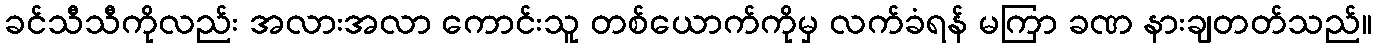
ခင်သီသီကိုလည်း အလားအလာ ကောင်းသူ တစ်ယောက်ကိုမှ လက်ခံရန် မကြာ ခဏ နားချတတ်သည်။